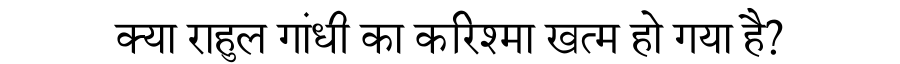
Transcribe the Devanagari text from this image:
क्या राहुल गांधी का करिश्मा खत्म हो गया है?